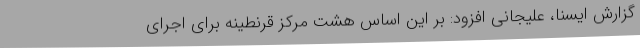
گزارش ایسنا، علیجانی افزود: بر این اساس هشت مرکز قرنطینه برای اجرای